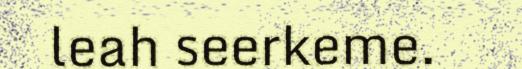
leah seerkeme.